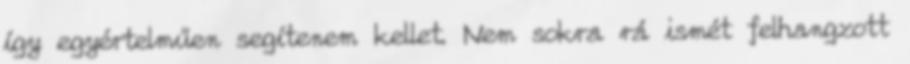
így egyértelműen segítenem kellet. Nem sokra rá ismét felhangzott